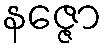
နဇ္ဇော